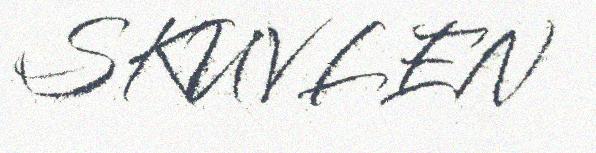
SKUVLEN